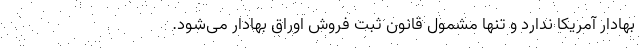
بهادار آمریکا ندارد و تنها مشمول قانون ثبت فروش اوراق بهادار می‌شود.